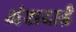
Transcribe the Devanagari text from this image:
अंशदाई